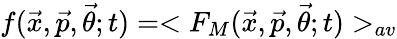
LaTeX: f({\vec{x}},{\vec{p}},{\vec{\theta}};t)=<F_{M}({\vec{x}},{\vec{p}},{\vec{\theta}};t)>_{av}